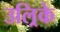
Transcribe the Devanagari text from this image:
उल्रिके